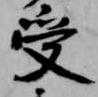
受